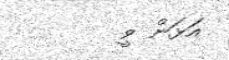
އަޅަން ވީ